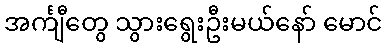
အင်္ကျီတွေ သွားရွေးဦးမယ်နော် မောင်